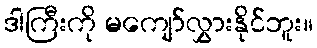
ဒါကြီးကို မကျော်လွှားနိုင်ဘူး။